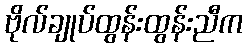
ဗိုလ်ချုပ်ထွန်းထွန်းညီက